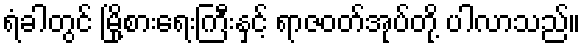
ရံခါတွင် မြို့စားရေးကြီးနှင့် ရာဇဝတ်အုပ်တို့ ပါလာသည်။